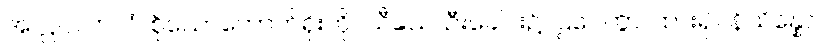
အလ္လပလာလံ၊ စိုသောကောက်ရိုးကို။ သီသေ၊ ဦးခေါင်း၌။ ဌပေတွာ၊ ထား၍။ နိသိန္နော၊